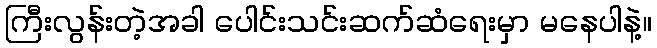
ကြီးလွန်းတဲ့အခါ ပေါင်းသင်းဆက်ဆံရေးမှာ မနေပါနဲ့။